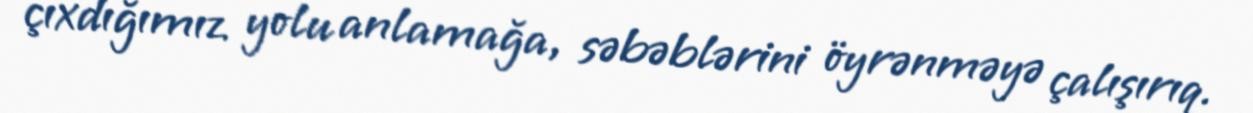
çıxdığımız yolu anlamağa, səbəblərini öyrənməyə çalışırıq.